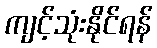
ကျင့်သုံးနိုင်ရန်